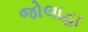
જોલાહા